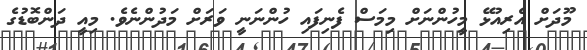
މޫދަށް އެރިއުޅޭ މީހުންނަށް މިމަސް ފެނިފައި ހުންނަނީ ވަރަށް މަދުންނެވެ. މިއީ ދަންބޮޑުގެ